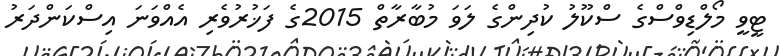
ޓީވީ މޯލްޑިވްސްގެ ސްކޫލު ކުދިންގެ ލަވަ މުބާރާތް 2015ގެ ފަޚުރުވެރި އެއްވަނަ އިސްކަންދަރު